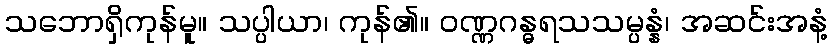
သဘောရှိကုန်မူ။ သပ္ပါယာ၊ ကုန်၏။ ဝဏ္ဏဂန္ဓရသသမ္ပန္နံ၊ အဆင်းအနံ့